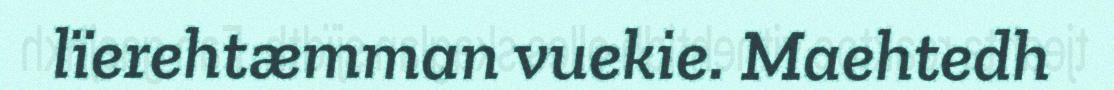
lïerehtæmman vuekie. Maehtedh